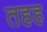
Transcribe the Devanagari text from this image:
तहह